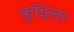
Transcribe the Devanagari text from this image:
फ़्रॉइला